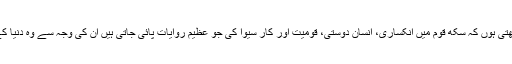
اس بات کا اعتراف کرنا بھی میں ضروری سمجھتی ہوں کہ سکھ قوم میں انکساری، انسان دوستی، قومیت اور کار سیوا کی جو عظیم روایات پائی جاتی ہیں ان کی وجہ سے وہ دنیا کے مختلف ملکوں میں اپنا اعلی مقام بنا چکے ہیں۔